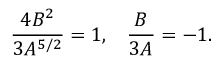
\frac { 4 B ^ { 2 } } { 3 A ^ { 5 / 2 } } = 1 , \; \; \; \frac { B } { 3 A } = - 1 .